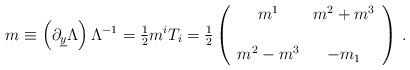
\begin{align*} m \equiv \left(\partial_{\underline{y}}\Lambda \right) \Lambda^{-1}= {\textstyle\frac{1}{2}}m^{i}T_{i} ={\textstyle\frac{1}{2}}\left(\begin{array}{cc}m^{1} & m^{2}+m^{3} \\& \\m^{2}-m^{3} & -m_{1} \\\end{array}\right)\, .\end{align*}